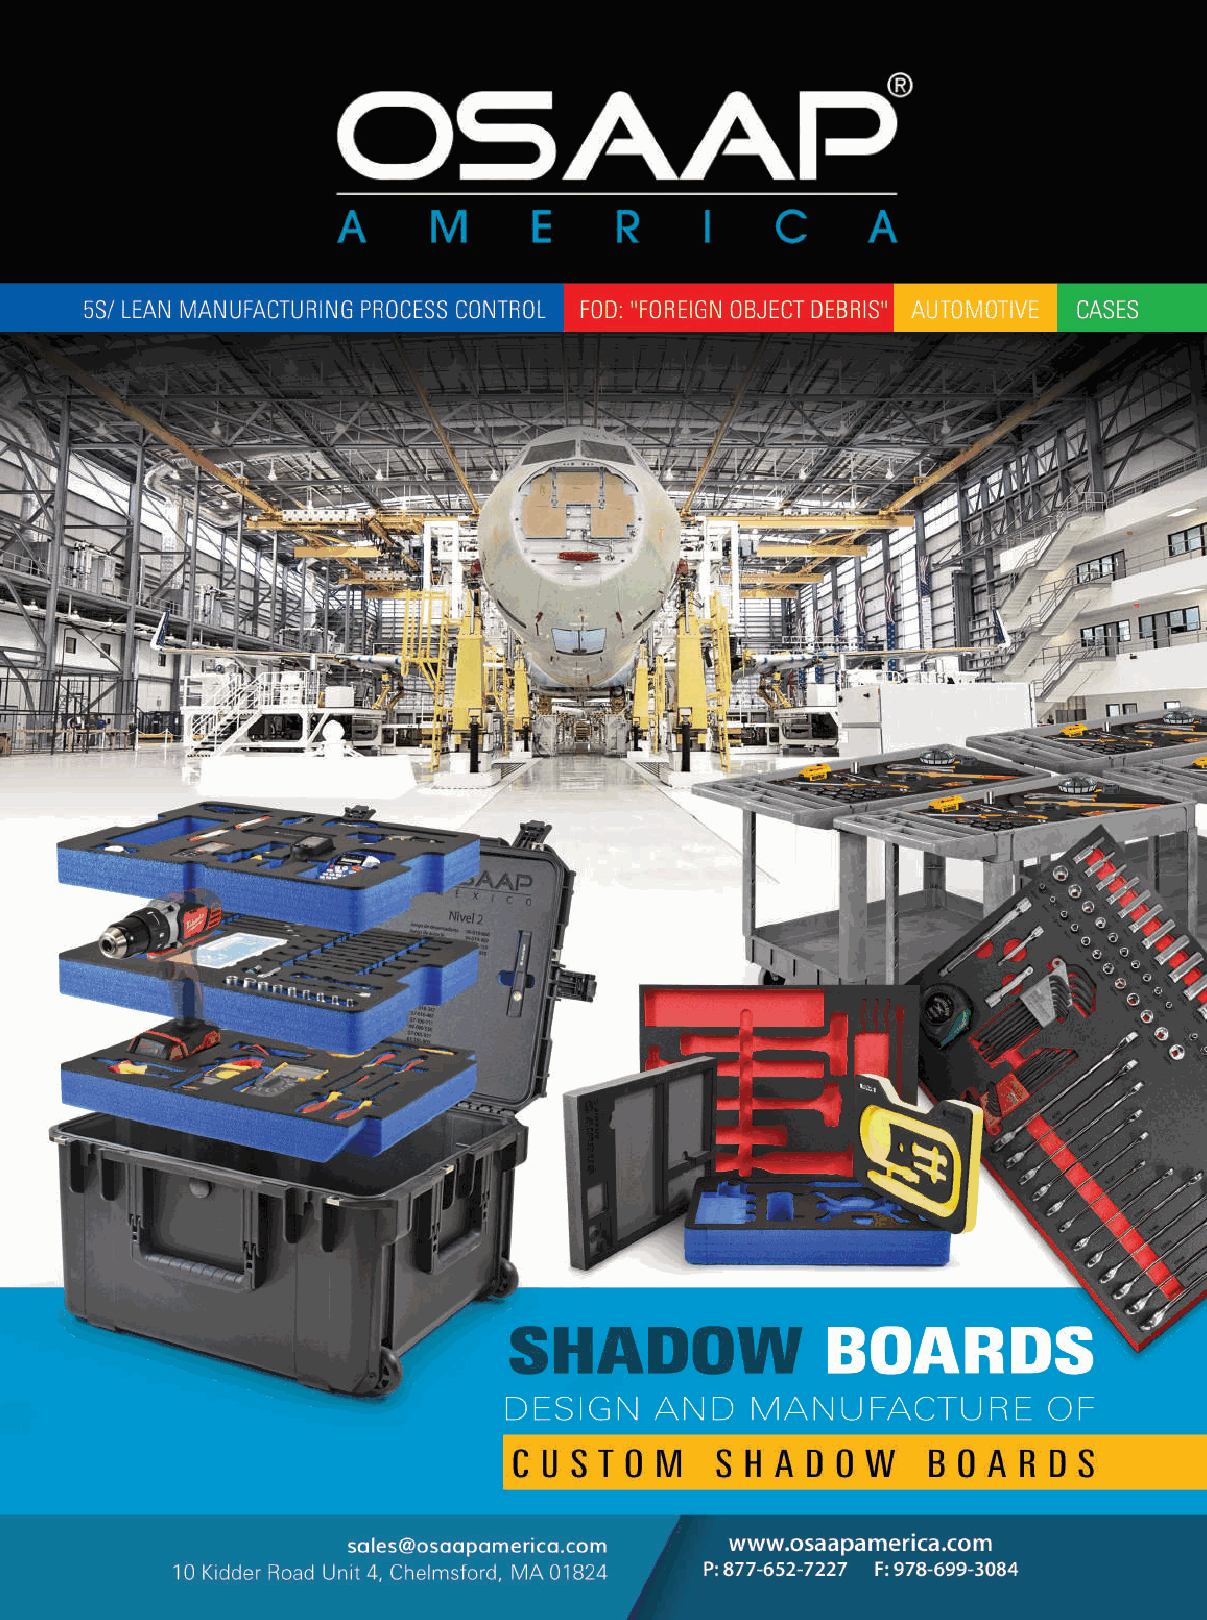
SurtimoS a
 toda la República
 vigencia del X al X de XXXXXXXX de 2019
 The design includes laser
 engraving of the measurements,
 numbers of tools, processes
 and logos, which turns a simple
 board into a total control system
 for your tools and equipment.
 OSAAP_TripticoUSA.indd 3                                                 04/10/19 16:53